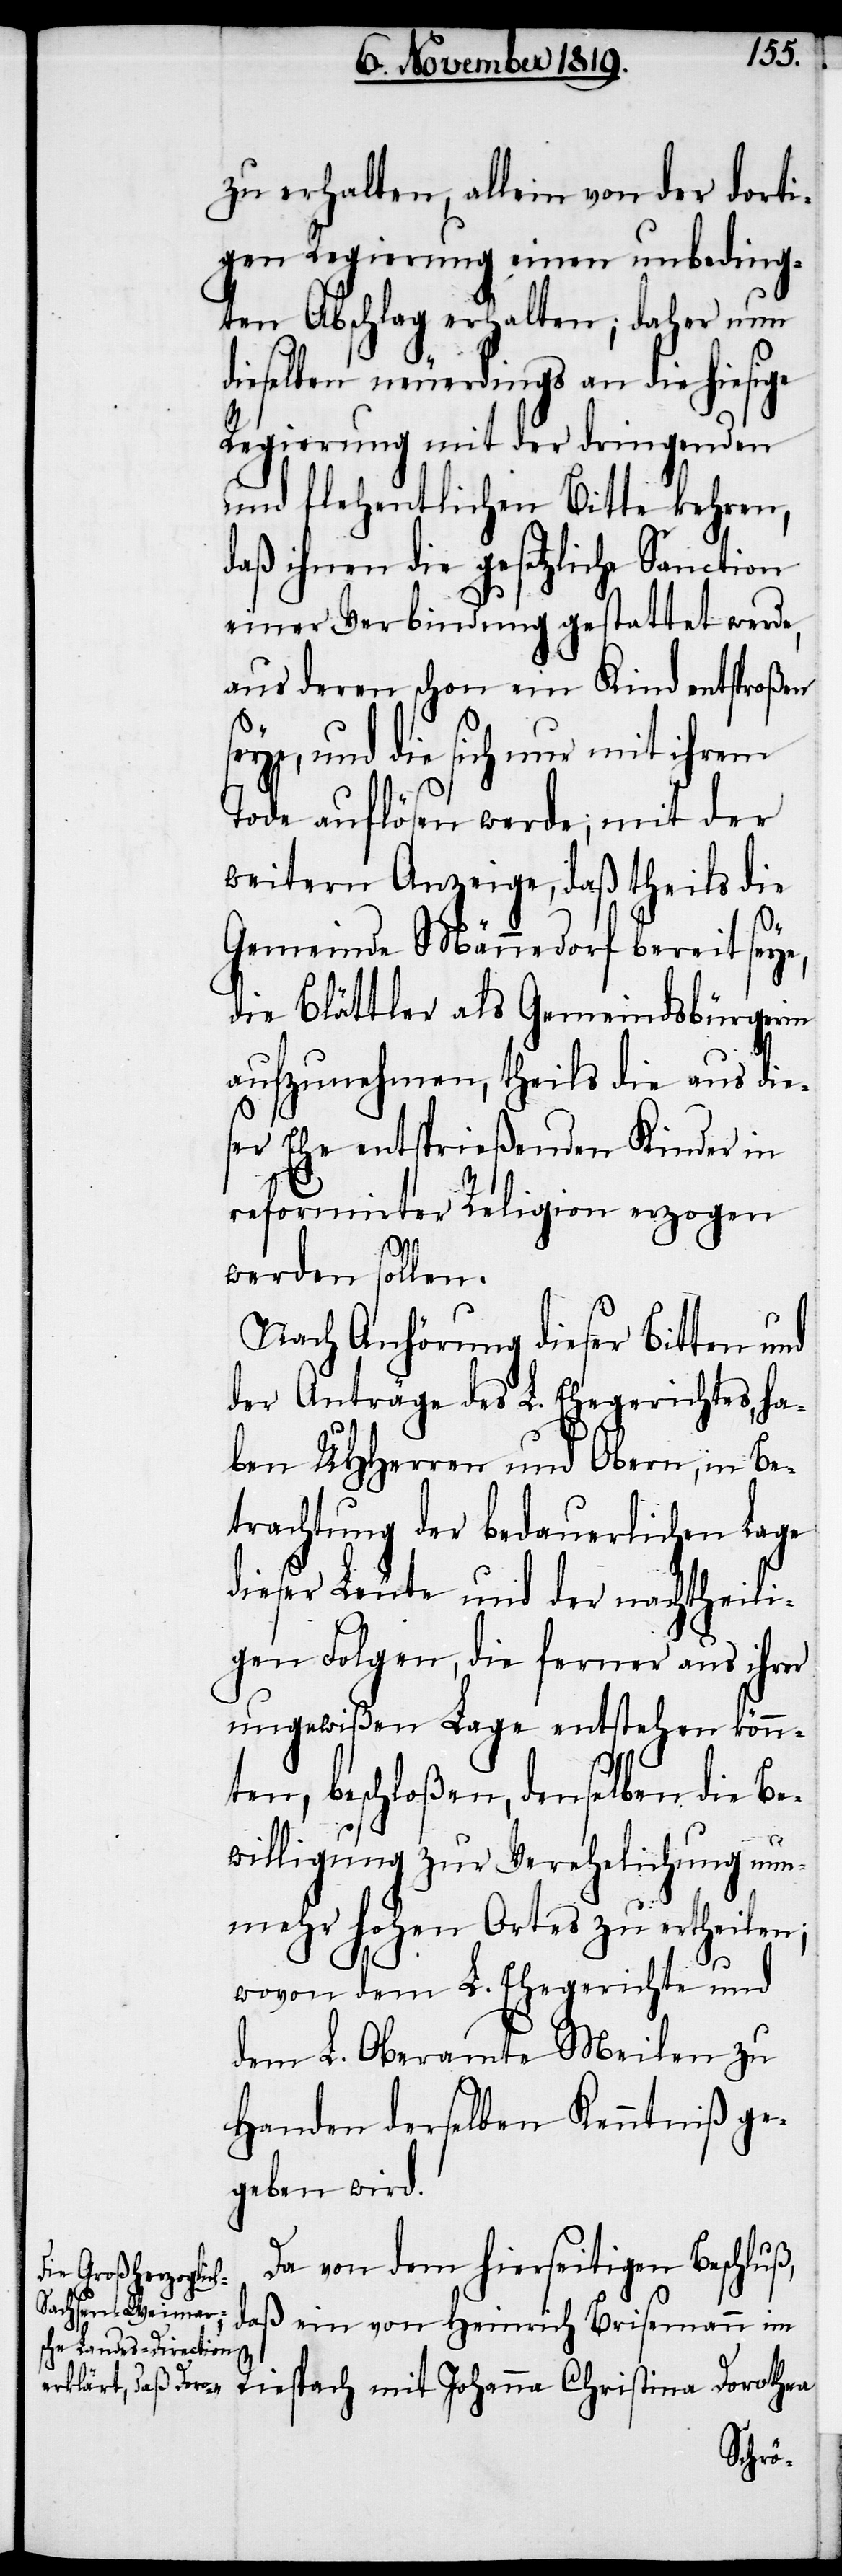
zu erhalten, allein von der dorti¬
gen Regierung einen unbeding¬
ten Abschlag erhalten; daher nun
dieselben neuerdings an die hiesige
Regierung mit der dringenden
und flehentlichen Bitte kehren,
daß ihnen die gesetzliche Sanction
einer Verbindung gestattet werde,
aus deren schon ein Kind entsproßen
seye, und die sich nur mit ihrem
Tode auflösen werde; mit der
weitern Anzeige, daß theils die
Gemeinde Männedorf bereit seye,
die Blättler als Gemeindsbürgerin
aufzunehmen, theils die aus die¬
ser Ehe entsprießenden Kinder in
reformierter Religion erzogen
werden sollen.
Nach Anhörung dieser Bitten und
der Anträge des L. Ehegerichtes, ha¬
ben UHHerren und Obern, in Be¬
trachtung der bedauerlichen Lage
dieser Leute und der nachtheili¬
gen Folgen, die ferner aus ihrer
ungewißen Lage entstehen könn¬
ten, beschloßen, dieselben die Be¬
willigung zur Verehelichung nun¬
mehr hohen Ortes zu ertheilen;
wovon dem L. Ehegerichte und
dem L. Oberamte Meilen zu
Handen derselben Kenntniß ge¬
geben wird.
Da von dem hierseitigen Beschluß,
„daß ein von Heinrich Brisemann im
Riespach mit Johanna Christina Dorothea